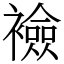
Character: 襝